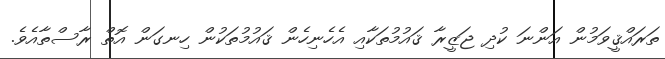
ތަރައްޤީވަމުން އަންނަ ކުދި ޖަޒީރާ ޤައުމުތަކާއި އެހެނިހެން ޤައުމުތަކުން ހިނގަން އޮތް ރާސްތާއެވެ.